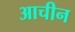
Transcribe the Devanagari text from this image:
आचीन